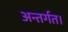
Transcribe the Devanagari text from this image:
अन्तर्गत।